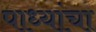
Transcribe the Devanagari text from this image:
पाध्यांचा